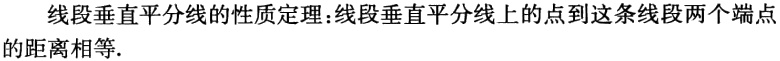
线段垂直平分线的性质定理：线段垂直平分线上的点到这条线段两个端点的距离相等.